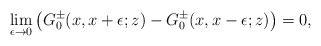
\begin{align*}\lim_{\epsilon\to 0}\left(G_0^{\pm}(x,x+\epsilon;z)-G_0^{\pm}(x,x-\epsilon;z)\right)=0,\end{align*}